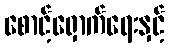
စောင့်ရှောက်ရေးနှင့်